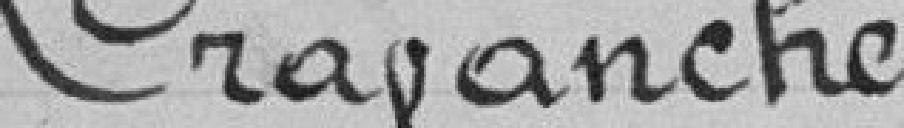
Cravanche